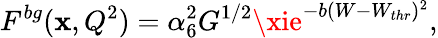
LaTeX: F^{bg}(\mathbf{x},Q^{2})=\alpha_{6}^{2}G^{1/2}\xie^{-b(W-W_{thr})^{2}},